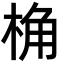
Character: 桷